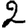
Digit: 2